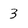
Character: 3